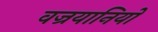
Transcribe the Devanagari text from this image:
वज्रयानियों